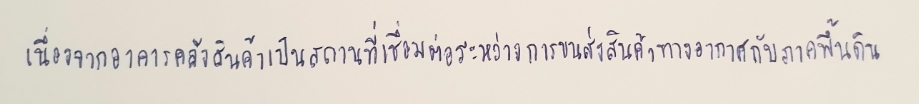
เนื่องจากอาคารคลังสินค้าเป็นสถานที่เชื่อมต่อระหว่างการขนส่งสินค้าทางอากาศกับภาคพื้นดิน